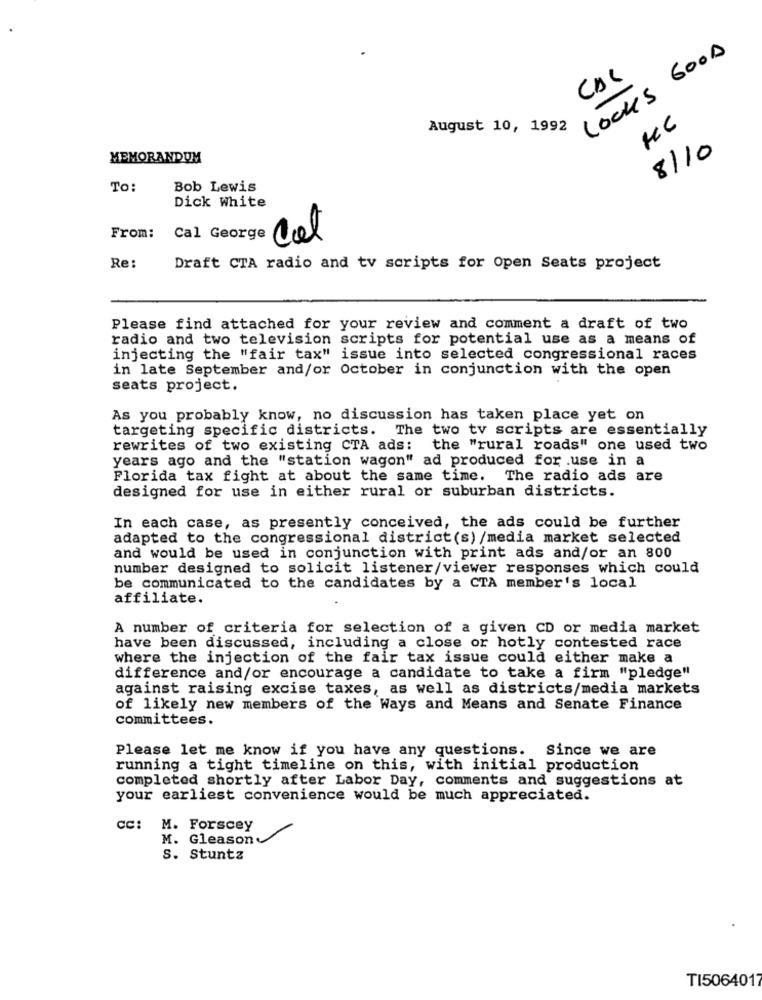
LOOKS GOOD
CAL
August 10, 1992
8/10
MEMORANDUM
TO:
Bob Lewis
Dick White
From:
Cal George Col
Re:
Draft CTA radio and tv scripts for Open Seats project
Please find attached for your review and comment a draft of two
radio and two television scripts for potential use as a means of
injecting the "fair tax" issue into selected congressional races
in late September and/or October in conjunction with the open
seats project.
As you probably know, no discussion has taken place yet on
targeting specific districts. The two tv scripts are essentially
rewrites of two existing CTA ads:
the "rural roads" one used two
years ago and the "station wagon" ad produced for use in a
Florida tax fight at about the same time. The radio ads are
designed for use in either rural or suburban districts.
In each case, as presently conceived, the ads could be further
adapted to the congressional district(s) /media market selected
and would be used in conjunction with print ads and/or an 800
number designed to solicit listener/viewer responses which could
be communicated to the candidates by a CTA member's local
affiliate.
A number of criteria for selection of a given CD or media market
have been discussed, including a close or hotly contested race
where the injection of the fair tax issue could either make a
difference and/or encourage a candidate to take a firm "pledge"
against raising excise taxes, as well as districts/media markets
of likely new members of the Ways and Means and Senate Finance
committees.
Please let me know if you have any questions. Since we are
running a tight timeline on this, with initial production
completed shortly after Labor Day, comments and suggestions at
your earliest convenience would be much appreciated.
CC: M. Forscey
M. Gleason
S. Stuntz
TI5064017